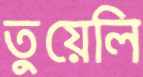
তুয়েলি